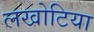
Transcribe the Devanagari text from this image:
लखोटिया